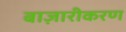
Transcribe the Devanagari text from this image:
बाज़ारीकरण